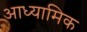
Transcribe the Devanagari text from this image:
आध्‍यामिक